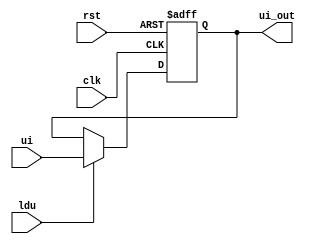
module ui_Reg (
    input clk,
    rst,
    ldu,
    input [1:0] ui,
    output reg [1:0] ui_out
);

  always @(posedge clk, posedge rst) begin
    if (rst) ui_out <= 0;
    else if (ldu) ui_out <= ui;
  end

endmodule